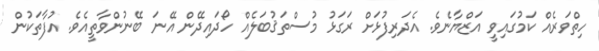
ހިތްވަރެއް ކަމުގައިވީ އަޒްޔާނެވެ. އެދަރިފުޅަށް ރަގަޅު މުސްތަޤުބަލެއް ހޯދައިދޭން އޭނަ ބޭނުންވާތީއެވެ. އުފާތަކުން